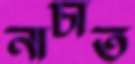
নাচাত